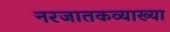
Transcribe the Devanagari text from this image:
नरजातकव्याख्या